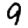
Digit: 9